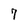
Character: 7